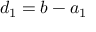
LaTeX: d _ { 1 } = b - a _ { 1 }